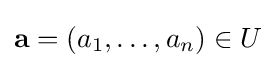
\mathbf {a} =(a_{1},\ldots ,a_{n})\in U